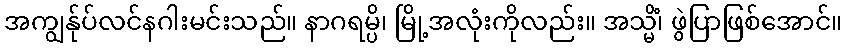
အကျွန်ုပ်လင်နဂါးမင်းသည်။ နာဂရမ္ပိ၊ မြို့အလုံးကိုလည်း။ အသ္မိံ၊ ဖွဲပြာဖြစ်အောင်။